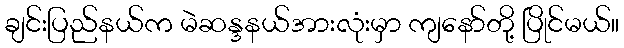
ချင်းပြည်နယ်က မဲဆန္ဒနယ်အားလုံးမှာ ကျနော်တို့ ပြိုင်မယ်။